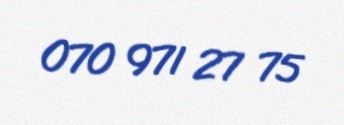
070 971 27 75